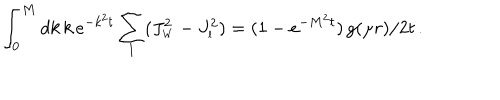
\int _ { 0 } ^ { M } d k \, k \, e ^ { - k ^ { 2 } t } \sum _ { l } ( J _ { \scriptscriptstyle { W } } ^ { 2 } - J _ { \scriptscriptstyle { l } } ^ { 2 } ) = ( 1 - e ^ { - M ^ { 2 } t } ) \, g ( \mu r ) / 2 t \, .